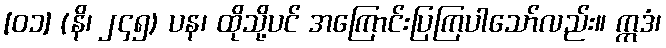
[၀၁] (နိ၊ ၂၄၅) ပန၊ ထိုသို့ပင် အကြောင်းပြကြပါသော်လည်း။ ဣဒံ၊